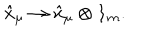
LaTeX: \hat { x } _ { \mu } \rightarrow \hat { x } _ { \mu } \otimes { \bf 1 } _ { m } .